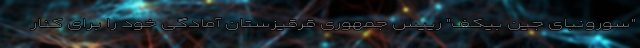
"سورونبای جین بیکف" رییس جمهوری قرقیزستان آمادگی خود را برای کنار